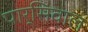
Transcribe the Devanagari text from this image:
पार्सिवाल